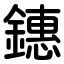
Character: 鏸